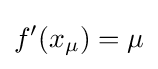
f'(x_{\mu })=\mu